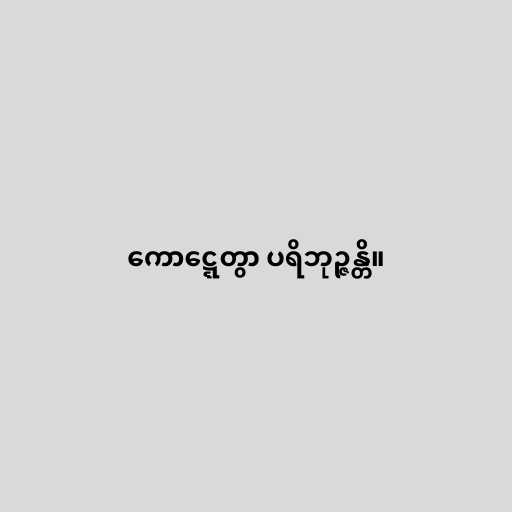
ကောဋ္ဋေတွာ ပရိဘုဉ္ဇန္တိ။